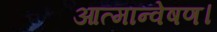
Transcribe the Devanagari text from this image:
आत्मान्वेषण।